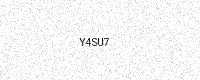
Text: Y4SU7